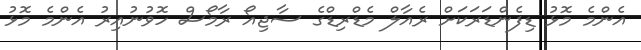
އެންމެ މޮޅު ޑިފެންޑަރަކަށް ރެއާލް މެޑްރިޑްގެ ސާޖިއޯ ރާމޯސް ހޮވުނުއިރު އެންމެ މޮޅު